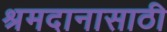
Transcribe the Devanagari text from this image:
श्रमदानासाठी